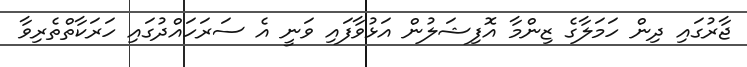
ޖާރުގައި ދިން ހަމަލާގެ ޒިންމާ އޮފިޝަލުން އަޅުވާފައި ވަނީ އެ ސަރަހައްދުގައި ހަރަކާތްތެރިވާ